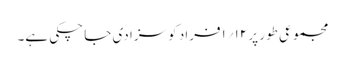
مجموعی طور پر ۱۲؍۱فراد کو سزا دی جا چکی ہے۔